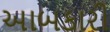
આબકારી